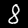
Label: 8